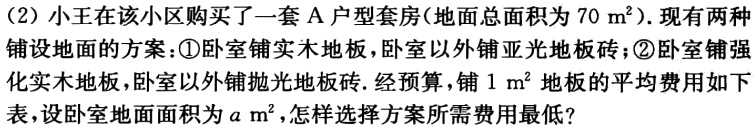
(2) 小王在该小区购买了一套 A 户型套房 (地面总面积为 \(70m^{2}\))。现有两种铺设地面的方案：\textcircled{1}卧室铺实木地板，卧室以外铺亚光地板砖；\textcircled{2}卧室铺强化实木地板，卧室以外铺抛光地板砖。经预算，铺 \(1m^{2}\) 地板的平均费用如下表，设卧室地面面积为 \(a\ m^{2}\)，怎样选择方案所需费用最低？